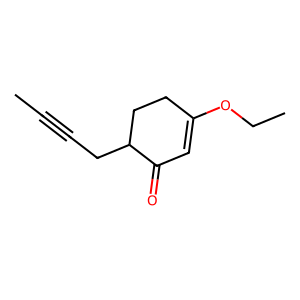
SMILES: CC#CCC1CCC(OCC)=CC1=O
Inhibits HIV replication: No